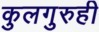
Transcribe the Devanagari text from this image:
कुलगुरुही